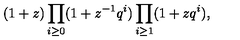
( 1 + z ) \prod _ { i \geq 0 } ( 1 + z ^ { - 1 } q ^ { i } ) \prod _ { i \geq 1 } ( 1 + z q ^ { i } ) ,